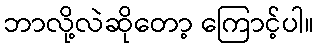
ဘာလို့လဲဆိုတော့ ကြောင့်ပါ။